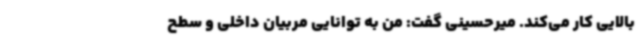
بالایی کار می‌کند. میرحسینی گفت: من به توانایی مربیان داخلی و سطح